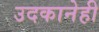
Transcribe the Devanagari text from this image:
उदकानेही